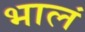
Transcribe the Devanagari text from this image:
भालं